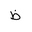
Letter: _za